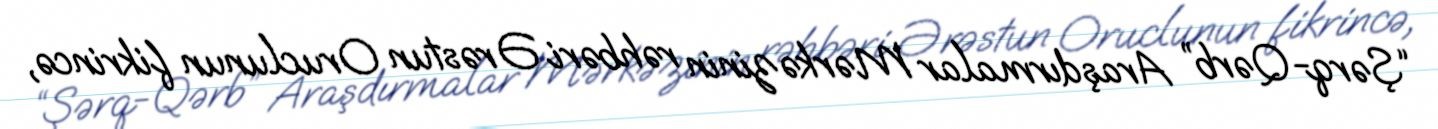
“Şərq-Qərb” Araşdırmalar Mərkəzinin rəhbəri Ərəstun Oruclunun fikrincə,